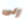
إلى